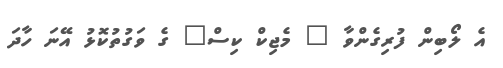
އެ ލޯބިން ފުރިގެންވާ " މެޖިކް ކިސް" ގެ ވަގުތުކޮޅު އޭނަ ހާދަ